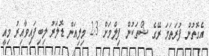
އެގޮތުން ފުރަތަމަ ރޭގެ ޝޯތަކުން ފިލްމަށް 2.3 މިލިއަން ޑޮލަރު ލިބިފައިވާއިރު މިއީ